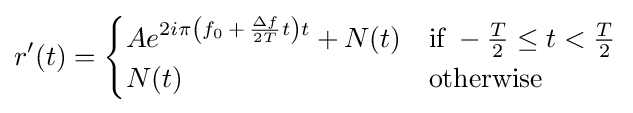
r'(t)={\begin{cases}Ae^{2i\pi \left(f_{0}\,+\,{\frac {\Delta f}{2T}}t\right)t}+N(t)&{\mbox{if}}\;-{\frac {T}{2}}\leq t<{\frac {T}{2}}\\N(t)&{\mbox{otherwise}}\end{cases}}